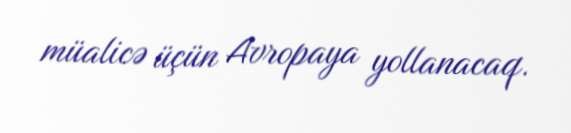
müalicə üçün Avropaya yollanacaq.